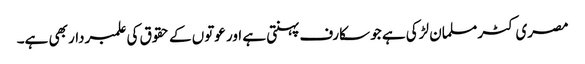
مصری کٹر مسلمان لڑکی ہے جو سکارف پہنتی ہے اور عوتوں کے حقوق کی علمبردار بھی ہے۔